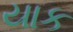
યાક